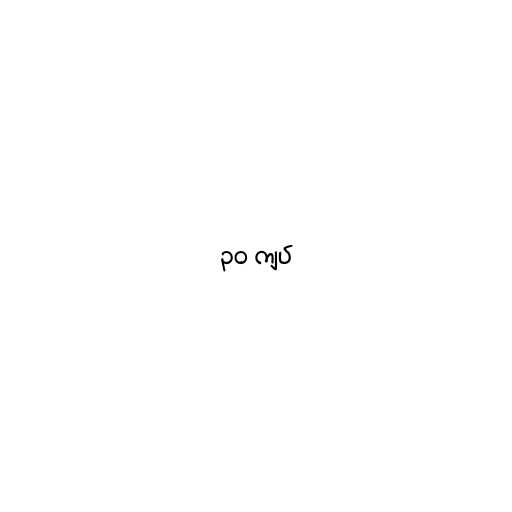
၃၀ ကျပ်